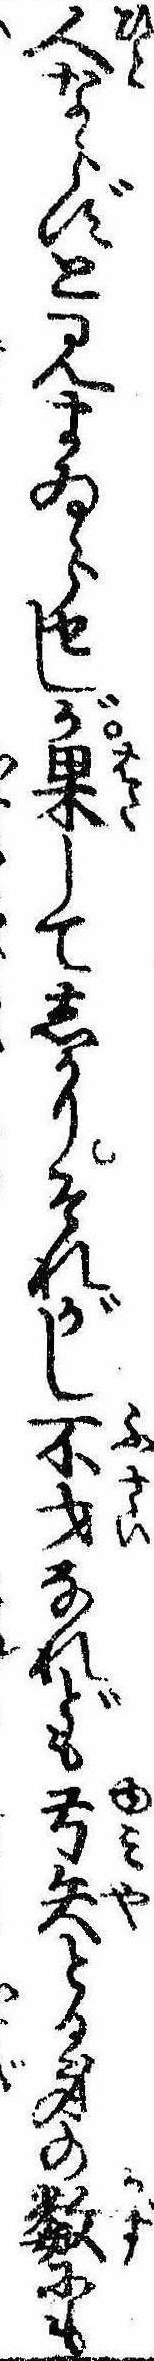
人ならずと見まゐらせしが果してしかりそれがし不才なれども弓矢とる身の数にも